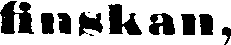
finskan,